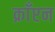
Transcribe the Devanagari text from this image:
क्राँप्टन